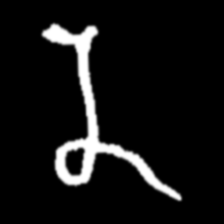
Pyu character \u2014 Myanmar letter: န (romanized: na)